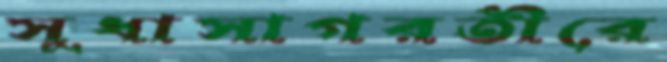
সুধাসাগরতীরে